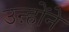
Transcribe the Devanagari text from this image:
उऩ्होंने